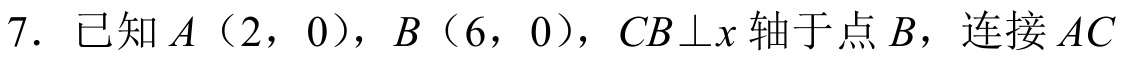
7. 已知\(A(2,0)\)，\(B(6,0)\)，\(CB\perp x\)轴于点\(B\)，连接\(AC\)